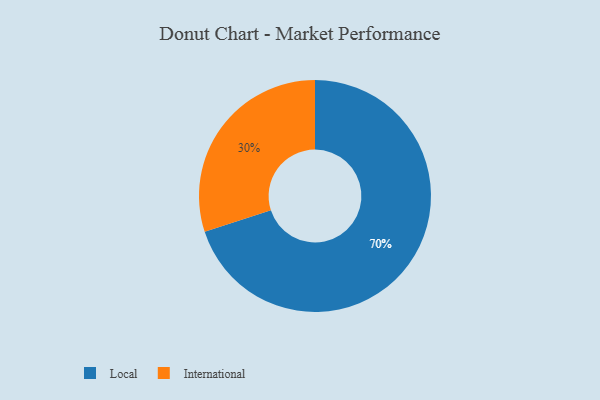
{"axis": {"x": "Category", "y": "Percentage"}, "legend": ["International", "Local"], "data": [{"x": "Local", "y": 70, "type": "Local"}, {"x": "International", "y": 30, "type": "International"}]}